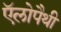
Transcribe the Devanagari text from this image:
ऍलोपैथी